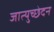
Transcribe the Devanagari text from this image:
जात्युच्छेदन